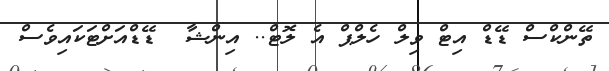
ތޭންކްސް ޑޭޑް އިޓް ވިލް ހެލްޕް އެ ލޮޓް.. އިންޝާ  ޑޭޑްއަށްޓަކައިވެސް